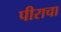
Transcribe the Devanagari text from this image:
पीराचा